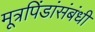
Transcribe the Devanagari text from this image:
मूत्रपिंडांसंबंधी